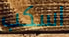
اسكب